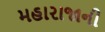
મહારાજાની